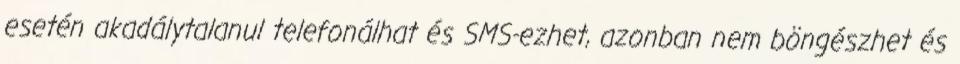
esetén akadálytalanul telefonálhat és SMS-ezhet, azonban nem böngészhet és